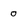
Character: 0